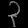
Digit: ၃